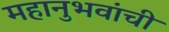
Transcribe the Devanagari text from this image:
महानुभवांची